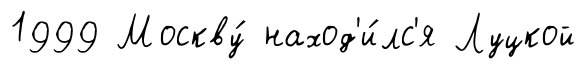
1999 Москву́ наход'и́лс'я Луцкой